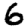
Digit: 6